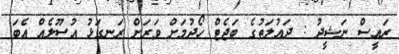
ރައީސް ނަޝީދު : ދައުލަތުގެ ބަޖެޓް ހޯދުމަށް ވަރަށް ރަނގަޅު އުސޫލެއް އެބަ